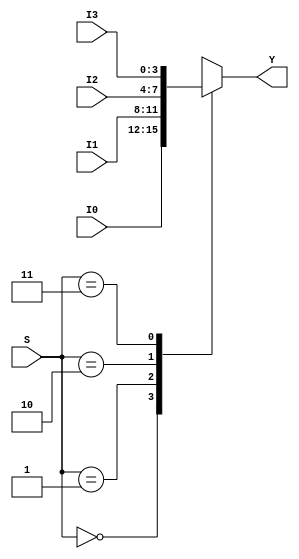
////////////////////
//MUX 4X1 of 4 bits
///////////////////
module mux_4x1_4 (output reg [3:0] Y, input [1:0]S, input [3:0] I0, I1,I2, I3);
always @ (S,I0, I1,I2, I3)
	case (S)
		2'b00: Y<=I0;
		2'b01: Y<=I1;
		2'b10: Y<=I2;
		2'b11: Y<=I3;
	endcase
endmodule